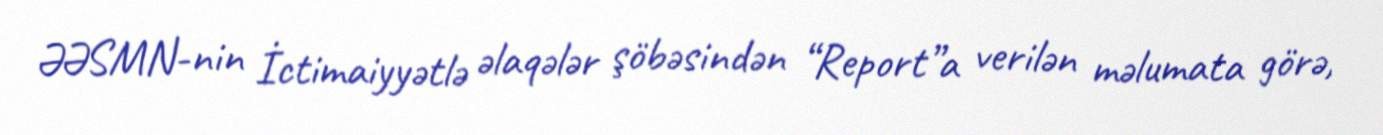
ƏƏSMN-nin İctimaiyyətlə əlaqələr şöbəsindən “Report”a verilən məlumata görə,